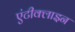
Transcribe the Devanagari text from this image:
एंटीक्लाइन